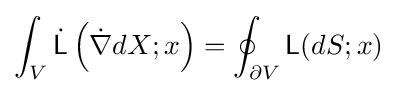
\int _{V}{\dot {\mathsf {L}}}\left({\dot {\nabla }}dX;x\right)=\oint _{\partial V}{\mathsf {L}}(dS;x)